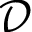
\mathcal { D }